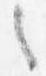
之